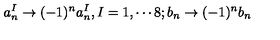
a _ { n } ^ { I } \rightarrow ( - 1 ) ^ { n } a _ { n } ^ { I } , I = 1 , \cdots 8 ; b _ { n } \rightarrow ( - 1 ) ^ { n } b _ { n }